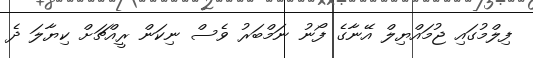
ފިލްމުގައި ޖުމައްޔިލް އޭނާގެ ފޯނު ނަމްބަރު ވެސް ނިކަން ރީއްޗަށް ކިޔާލަ ދެ